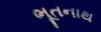
ભૂતનાથ